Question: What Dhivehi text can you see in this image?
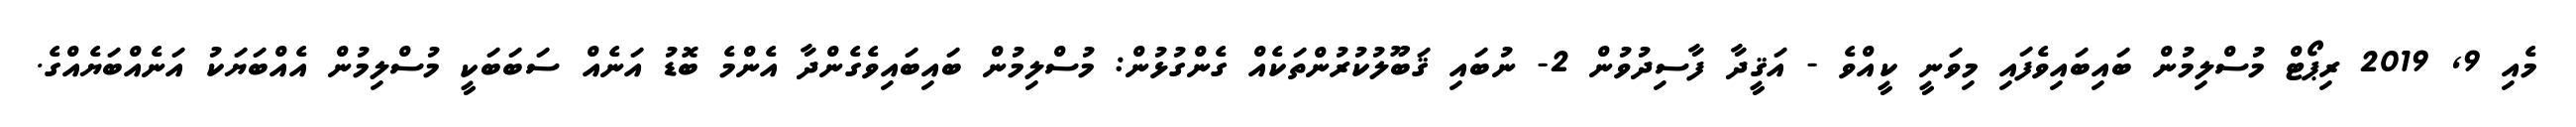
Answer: މެއި 9, 2019 ރިޕޯޓް މުސްލިމުން ބައިބައިވެފައި މިވަނީ ކީއްވެ - އަޤީދާ ފާސިދުވުން 2- ނުބައި ޤަބޫލުކުރުންތަކެއް ގެންގުޅުން: މުސްލިމުން ބައިބައިވެގެންދާ އެންމެ ބޮޑު އަނެއް ސަބަބަކީ މުސްލިމުން އެއްބަޔަކު އަނެއްބަޔެއްގެ.